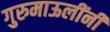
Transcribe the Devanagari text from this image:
गुरुमाऊलींनी